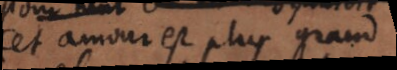
cet amour est plus grand